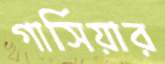
গার্সিয়ার